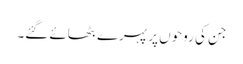
جن کی روحوں پر پہرے بٹھائے گئے۔